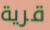
قرية